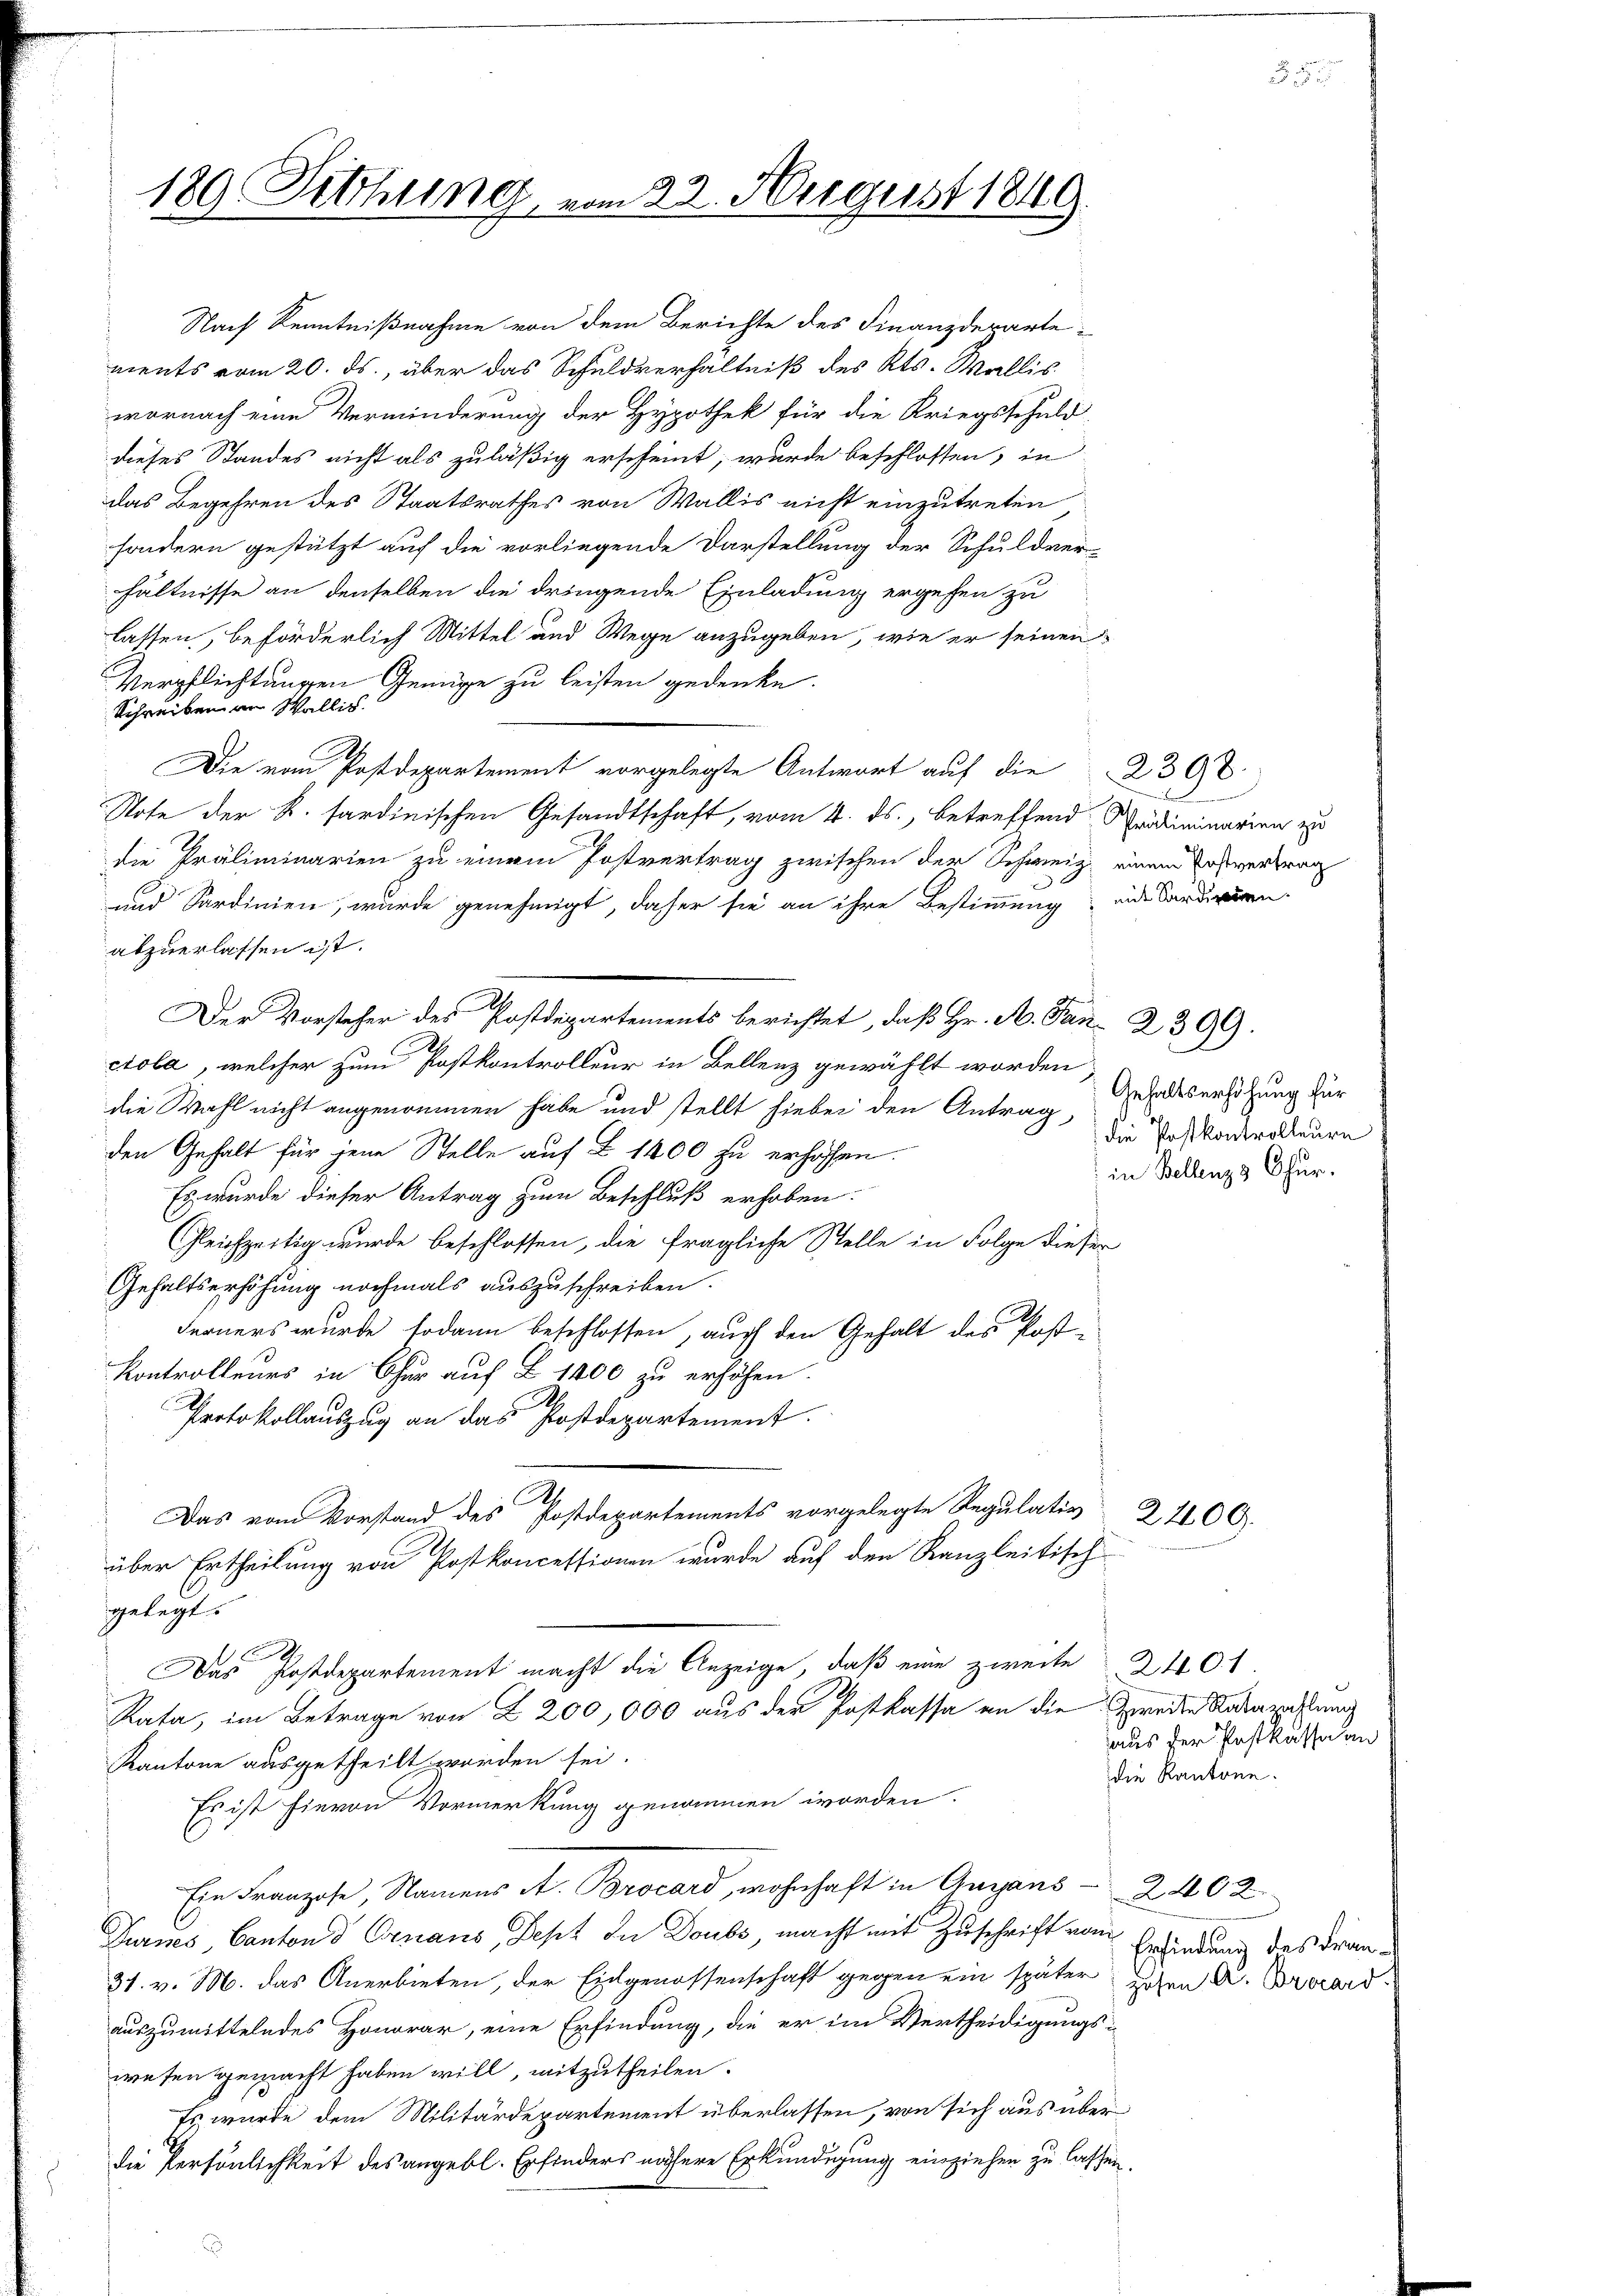
189. Sitzung

Nach Kenntnißnahme von dem Berichte des Finanzdepartements vom 20. ds., über das Schuldverhältniß des Kts. Wallis
wornach eine Verminderung der Hypothek für die Kriegsschuld
dieses Standes nicht als zuläßig erscheint, wurde beschlossen, in
das Begehren des Staatsrathes von Wallis nicht einzutreten
sondern gestützt auf die vorliegende Darstellung der Schuldver-
hältnisse an denselben die dringende Einladung ergehen zu
lassen, beförderlich Mittel und Wege anzugeben, wie er seinen
Verpflichtungen Genüge zu leisten gedenke.
Schreiben an Wallis.
Die vom Postdepartement vorgelegte Antwort auf die 2300
Note der K. sardinischen Gesandtschaft, vom 4. ds., betreffend Prediminarien zu
die Präliminarien zu einem Postvertrag zwischen der Schweiz einem Postvertrag
und Sardinien, wurde genehmigt, daher sie an ihre Bestimmung aus Sardiren.
abzuerlassen ist.
Der Vorsteher des Postdepartements berichtet, daß Hr. A. Pan- 2399.
D
ciola, welcher zum Postkontrolleur in Bellenz gewählt worden
die Wahl nicht angenommen habe und stellt hiebei den Antrag,
den Gehalt für jene Stelle auf § 1400 zu erhöhen.
Es wurde dieser Antrag zum Beschluß erhoben.
Gleichzeitig wurde beschlossen, die fragliche Stelle in Folge dieser
Gehaltserhöhung nochmals auszuschreiben.
Ferners wurde sodann beschlossen, auch den Gehalt des Post-
Kontrolleurs in Chur auf § 1400 zu erhöhen.
Protokollauszug an das Postdepartement.
A
Das vom Vorstand des Postdepartements vorgelegte Regulativ 24100.
über Ertheilung von Postkoncessionen wurde auf den Kanzleitisch-
gelegt.

Das Postdepartement macht die Anzeige, daß eine zweite 2401.
Rata, im Betrage von Z. 200,000 aus der Postkassa an die Zweite Ratazahlung
Kantone ausgetheilt worden sei.
Es ist hievon Vormerkung genommen worden.
Ein Franzose, Namens A. Brocard, wohnhaft in Angaus 2402.
Turnes, Cantons Ornaus, Dept die Doubs, macht mit Zuschrift vom Gebindung des Fran¬
31. v. M. das Anerbieten, der Eidgenossenschaft gegen ein später Hohen A. Brocard
auszumittelndes Honorar, eine Erfindung, die er im Vertheidigungs-
wesen gemacht haben will, mitzutheilen.
Es wurde dem Militärdepartement überlassen, von sich aus über
die Persönlichkeit des angebl. Erfinders nähere Erkundigung einziehen zu lassen.

22. August 1849.

Gehaltserhöhung für
die Postkontrolleure
in Bellenz Chur.

aus der Postkassa an
die Kantone.